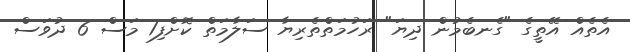
އެތެއް އޭތީގެ "ގެނބެމުން ދިޔަ" ރަހުމަތްތެރިޔާ ސަލާމަތް ކޮށްފި1 މަސް 6 ދުވަސް